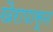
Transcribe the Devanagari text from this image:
खैरापासून